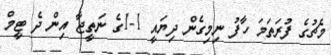
މެޗުގެ ފުރަތަމަ ހާފު ނިމިގެން ދިޔައީ 1-1ގެ ނަތީޖާ އިން ދެ ޓީމް